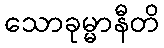
သောခုမ္မာနီတိ